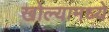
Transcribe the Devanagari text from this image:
खोल्यामध्ये